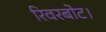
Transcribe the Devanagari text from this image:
रिवरबोट।